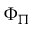
\Phi _ { \Pi }